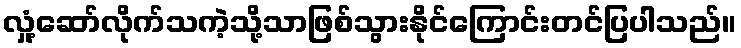
လှုံ့ဆော်လိုက်သကဲ့သို့သာဖြစ်သွားနိုင်ကြောင်းတင်ပြပါသည်။